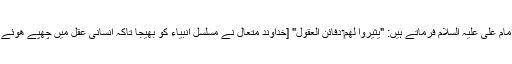
جیسا کہ مولائے متقیان امام علی علیہ السلام فرماتے ہیں: "یُثِیرُوا لَهُمْ‏ دَفَائِن العُقولِ" [خداوند متعال نے مسلسل انبیاء کو بھیجا تاکہ انسانی عقل میں چھپے ھوئے خزانے آشکار کر سکیں۔